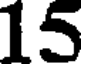
15